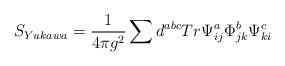
LaTeX: \begin{align*}S_{Yukawa} = \frac{1}{4 \pi g^2} \sum d^{abc} Tr \Psi^a _{ij} \Phi^b_{jk} \Psi^c_{ki}\end{align*}